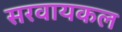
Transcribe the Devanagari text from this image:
सरवायकल